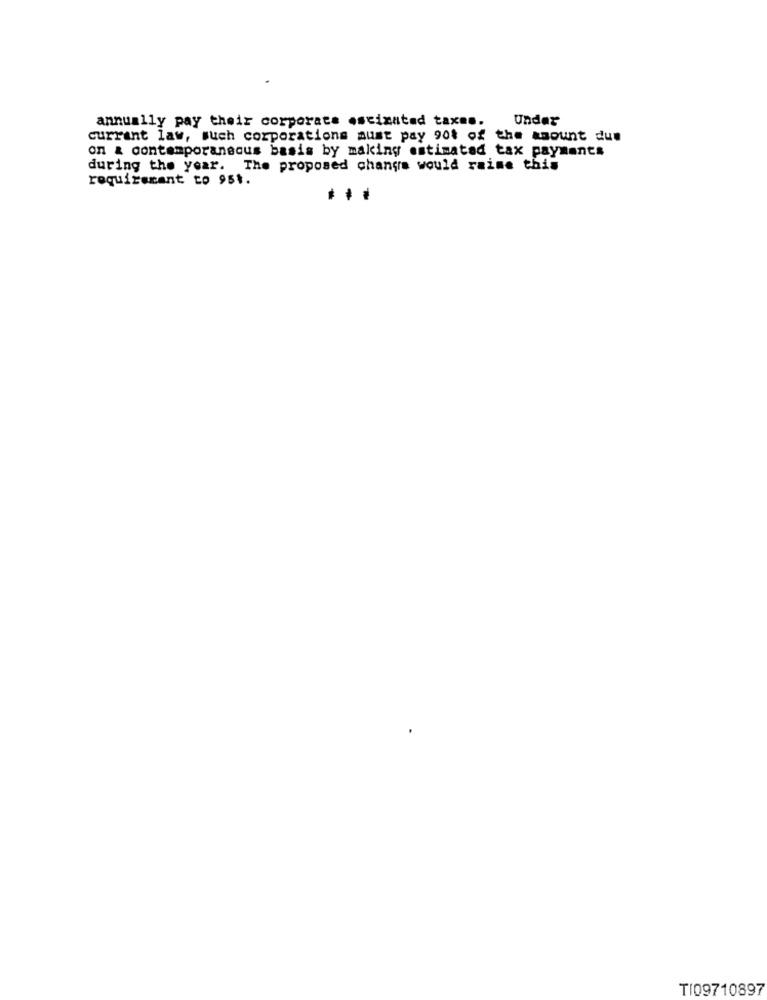
Under
annually pay their corporate estimated taxes.
currant law, such corporations must pay 901 of the amount due
on & contemporaneous basis by making estimated tax payments
during the year. The proposed change would raime this
requirement to 951.
T109710897